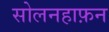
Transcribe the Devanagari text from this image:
सोलनहाफ़न